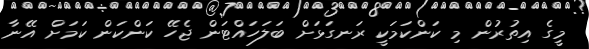
މީގެ އިތުރުން މި ކަންކަމަކީ ރަނގަަޅަށް ބަލަހައްޓަން ޖެހޭ ކަންކަން ކަމަށް އޭނާ